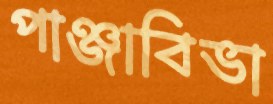
পাঞ্জাবিভা